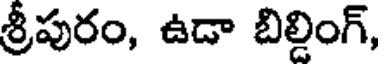
శ్రీపురం, ఉడా బిల్డింగ్,